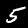
Digit: 5